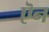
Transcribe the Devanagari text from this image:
ऎन